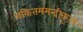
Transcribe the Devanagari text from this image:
चकितममन्दीकृत्य